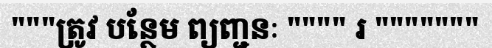
"""ត្រូវ បន្ថែម ព្យញ្ជនៈ """" រ """""""